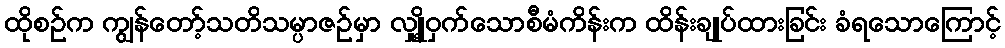
ထိုစဉ်က ကျွန်တော့်သတိသမ္ပာဇဉ်မှာ လျှို့ဝှက်သောစီမံကိန်းက ထိန်းချုပ်ထားခြင်း ခံရသောကြောင့်